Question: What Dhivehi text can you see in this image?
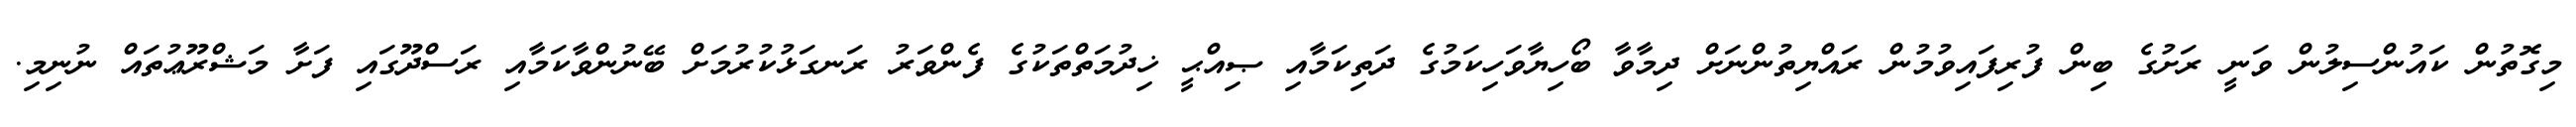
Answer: މިގޮތުން ކައުންސިލުން ވަނީ ރަށުގެ ބިން ފުރިފައިވުމުން ރައްޔިތުންނަށް ދިމާވާ ބޯހިޔާވަހިކަމުގެ ދަތިކަމާއި ޞިއްޙީ ޚިދުމަތްތަކުގެ ފެންވަރު ރަނގަޅުކުރުމަށް ބޭނުންވާކަމާއި ރަސްދޫގައި ފަށާ މަޝްރޫޢުތައް ނުނިމި.